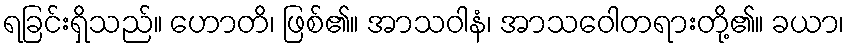
ရခြင်းရှိသည်။ ဟောတိ၊ ဖြစ်၏။ အာသဝါနံ၊ အာသဝေါတရားတို့၏။ ခယာ၊